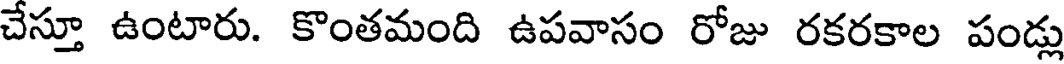
చేస్తూ ఉంటారు. కొంతమంది ఉపవాసం రోజు రకరకాల పండ్లు